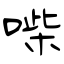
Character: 喍